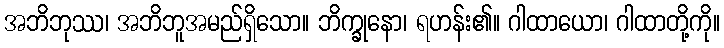
အဘိဘုဿ၊ အဘိဘူအမည်ရှိသော။ ဘိက္ခုနော၊ ရဟန်း၏။ ဂါထာယော၊ ဂါထာတို့ကို။